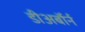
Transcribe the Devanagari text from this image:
डीअर्बॉर्न